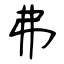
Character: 弗